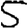
Digit: 5